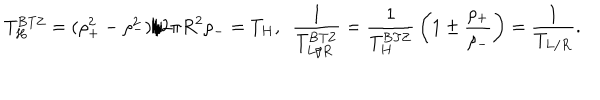
T _ { H } ^ { \mathrm { B T Z } } = ( \rho _ { + } ^ { 2 } - \rho _ { - } ^ { 2 } ) / 2 \pi R ^ { 2 } \rho _ { - } = T _ { H } , ~ ~ { \frac { 1 } { T _ { L / R } ^ { \mathrm { B T Z } } } } = { \frac { 1 } { T _ { H } ^ { \mathrm { B T Z } } } } \left( 1 \pm { \frac { \rho _ { + } } { \rho _ { - } } } \right) = { \frac { 1 } { T _ { L / R } } } .